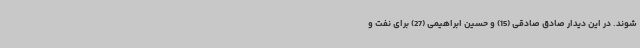
شوند. در این دیدار صادق صادقی (15) و حسین ابراهیمی (27) برای نفت و